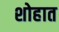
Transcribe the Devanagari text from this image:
शोहात